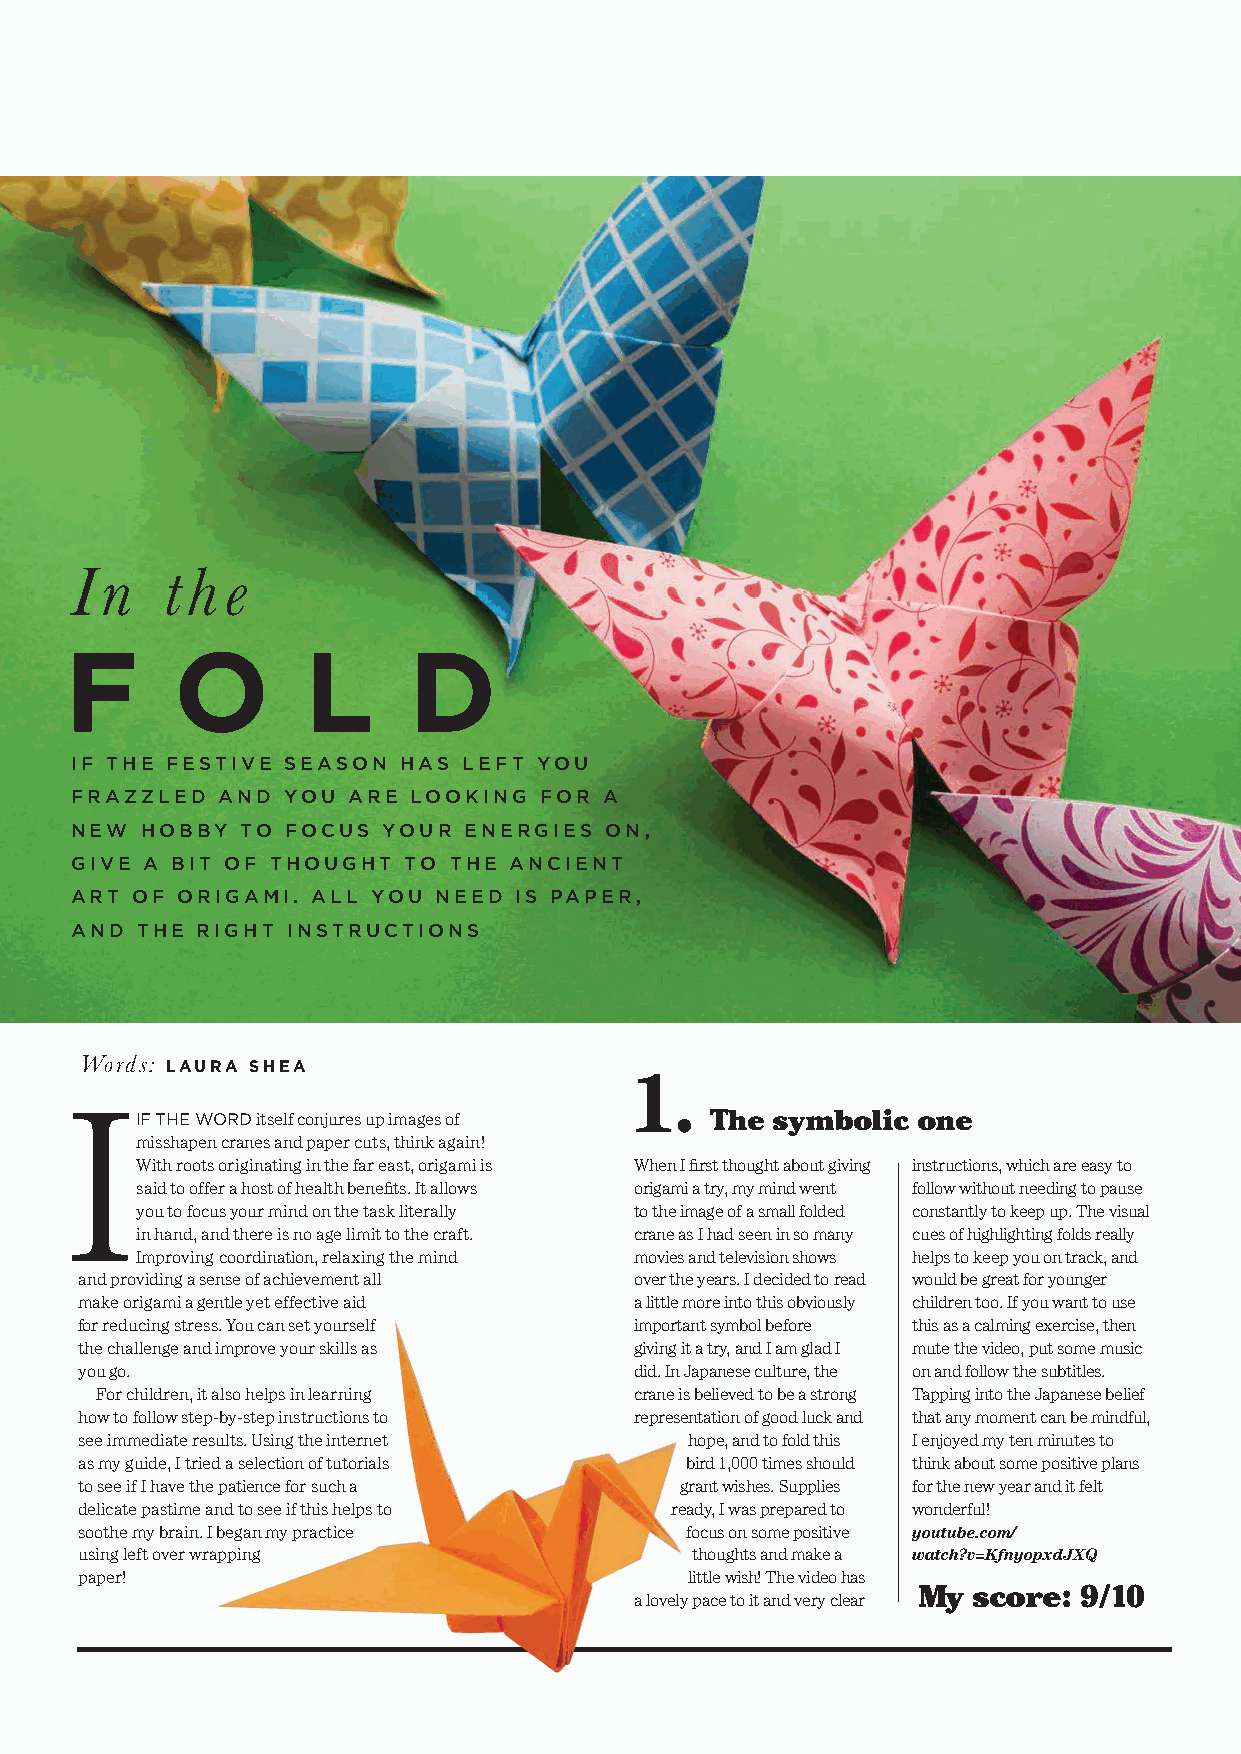
I n   t h e
 F      O        L      D
 IF THE FESTIVE SEASON HAS LEFT YOU
 FRAZZLED AND  YOU ARE LOOKING  FOR A
 NEW HOBBY  TO FOCUS YOUR  ENERGIES ON,
 GIVE A BIT OF THOUGHT TO THE ANCIENT
 ART OF ORIGAMI. ALL YOU NEED IS PAPER,
 AND THE RIGHT INSTRUCTIONS
 Words: LAURA SHEA
 1.
 I
 IF THE WORD itself conjures up images of The symbolic one
 misshapen cranes and paper cuts, think again!
 With roots originating in the far east, origami is When I first thought about giving instructions, which are easy to
 said to offer a host of health benefits. It allows origami a try, my mind went follow without needing to pause
 you to focus your mind on the task literally to the image of a small folded constantly to keep up. The visual
 in hand, and there is no age limit to the craft. crane as I had seen in so many cues of highlighting folds really
 Improving coordination, relaxing the mind movies and television shows helps to keep you on track, and
 and providing a sense of achievement all over the years. I decided to read would be great for younger
 make origami a gentle yet effective aid a little more into this obviously children too. If you want to use
 for reducing stress. You can set yourself important symbol before this as a calming exercise, then
 the challenge and improve your skills as giving it a try, and I am glad I mute the video, put some music
 you go.                              did. In Japanese culture, the on and follow the subtitles.
 For children, it also helps in learning crane is believed to be a strong Tapping into the Japanese belief
 how to follow step-by-step instructions to representation of good luck and that any moment can be mindful,
 see immediate results. Using the internet hope, and to fold this I enjoyed my ten minutes to
 as my guide, I tried a selection of tutorials bird 1,000 times should think about some positive plans
 to see if I have the patience for such a grant wishes. Supplies for the new year and it felt
 delicate pastime and to see if this helps to ready, I was prepared to wonderful!
 soothe my brain. I began my practice    focus on some positive youtube.com/
 using left over wrapping                 thoughts and make a watch?v=KfnyopxdJXQ
 paper!                                   little wish! The video has
 My score: 9/10
 a lovely pace to it and very clear